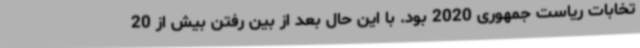
تخابات ریاست جمهوری 2020 بود. با این حال بعد از بین رفتن بیش‌ از 20